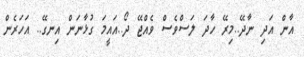
އާން އަދި ނާދޭ..މިރޭ ހާދަ ލަސްވެސް ވެއްޖޭ ދޯ..އައީމަ ގުޅާނަން އިނގޭ.. އަހަރެން